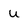
Character: u